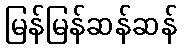
မြန်မြန်ဆန်ဆန်